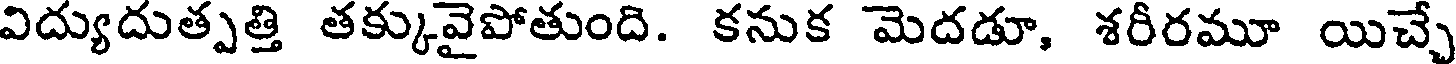
విద్యుదుత్పత్తి తక్కువైపోతుంది. కనుక మెదడూ, శరీరమూ యిచ్చే